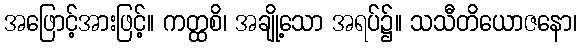
အဖြောင့်အားဖြင့်။ ကတ္ထစိ၊ အချို့သော အရပ်၌။ သသီတိယောဇနော၊